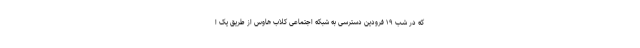
که در شب ۱۹ فرودین دسترسی به شبکه اجتماعی کلاب‌ هاوس از طریق یک ا